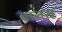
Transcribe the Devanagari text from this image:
वानरा